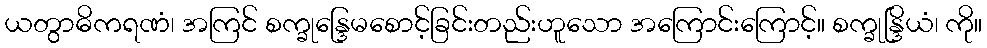
ယတွာဓိကရဏံ၊ အကြင် စက္ခုန္ဒြေမစောင့်ခြင်းတည်းဟူသော အကြောင်းကြောင့်။ စက္ခုန္ဒြိယံ၊ ကို။